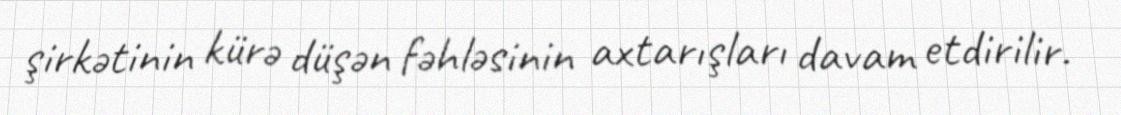
şirkətinin kürə düşən fəhləsinin axtarışları davam etdirilir.